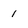
Character: 1